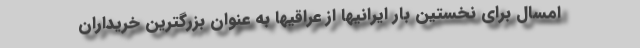
امسال برای نخستین بار ایرانیها از عراقیها به عنوان بزرگترین خریداران